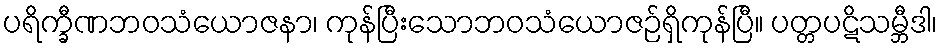
ပရိက္ခီဏဘဝသံယောဇနာ၊ ကုန်ပြီးသောဘဝသံယောဇဉ်ရှိကုန်ပြီ။ ပတ္တပဋိသမ္ဘီဒါ၊